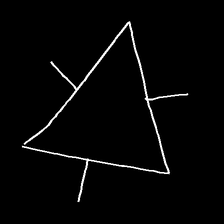
Glyph: fire